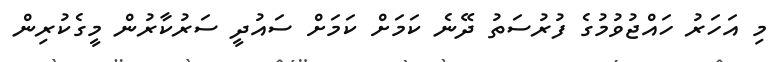
މި އަހަރު ހައްޖުވުމުގެ ފުރުސަތު ދޭނެ ކަމަށް ކަމަށް ސައުދީ ސަރުކާރުން މީގެކުރިން